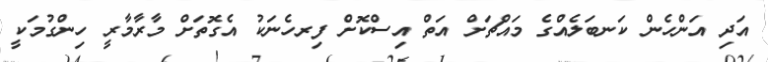
އަދި އަންހެން ކަނބަލެއްގެ މައްޗަށް އަތް އިސްކޮށް ފިރހެނަކު އެގޮތަށް މާރާމާރީ ހިންގުމަކީ